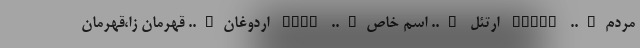
مردم….. ELNAZ ارتئل ….. اسم خاص….. RTEL اردوغان….. قهرمان زا،قهرمان